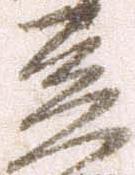
豆